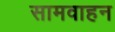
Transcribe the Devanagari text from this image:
सामवाहन